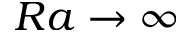
R a \rightarrow \infty